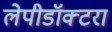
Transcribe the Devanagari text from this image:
लेपीडॉक्टरा